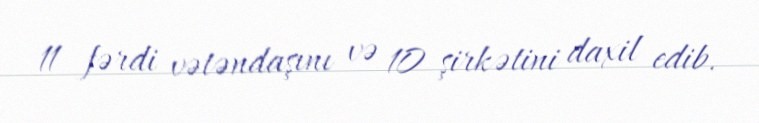
11 fərdi vətəndaşını və 10 şirkətini daxil edib.